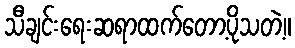
သီချင်းရေးဆရာထက်တော့ပိုသတဲ့။